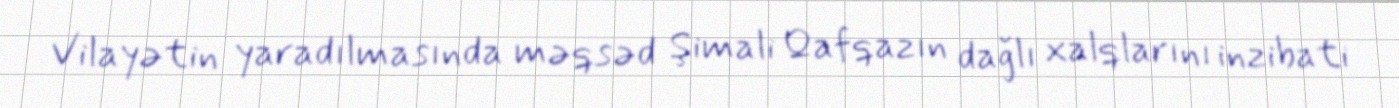
Vilayətin yaradılmasında məqsəd Şimali Qafqazın dağlı xalqlarını inzibati